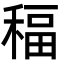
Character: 稫